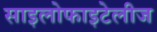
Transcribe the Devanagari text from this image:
साइलोफाइटेलीज